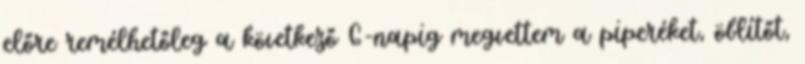
előre remélhetőleg a következő G-napig megvettem a piperéket, öblítőt,